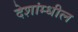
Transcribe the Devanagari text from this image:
देशांम्धील